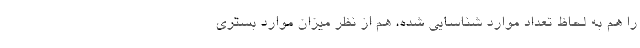
را هم به لحاظ تعداد موارد شناسایی شده، هم از نظر میزان موارد بستری